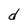
Character: d